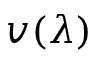
v ( \lambda )